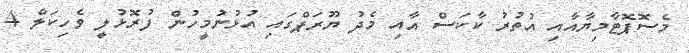
މެސޮޕޮޓާމިޔާއާއި އުތުރު ކާކަސް އާއި މެދު ޔޫރަޕްގައި އުޅުނުމީހުން ފުރޮޅުލީ ވެހިކަލް 4